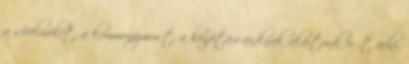
a sérelmeket, a kommunizmust, a honfitársainknak akartunk erőt adni,